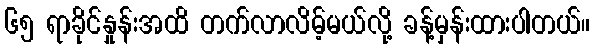
၆၅ ရာခိုင်နှုန်းအထိ တက်လာလိမ့်မယ်လို့ ခန့်မှန်းထားပါတယ်။